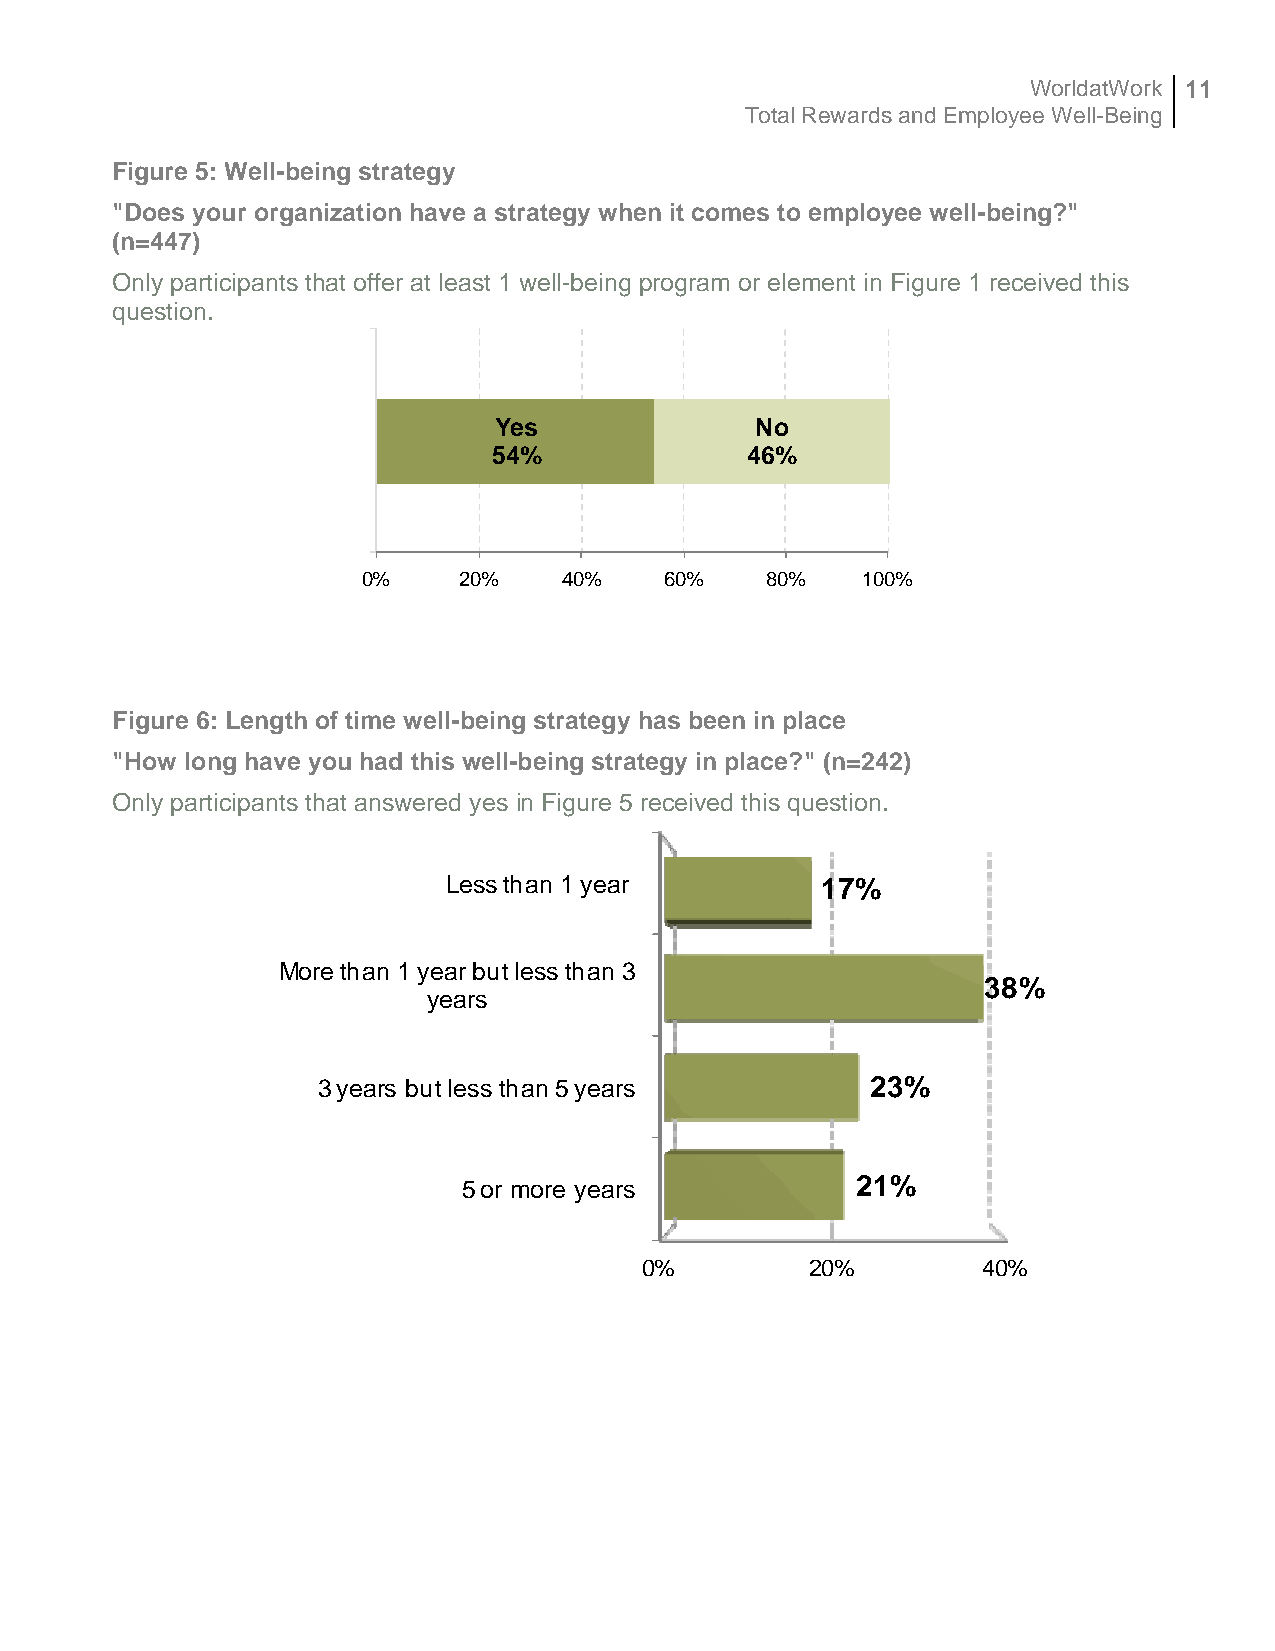
WorldatWork 11
 Total Rewards and Employee Well-Being
 Figure 5: Well-being strategy
 "Does your organization have a strategy when it comes to employee well-being?"
 (n=447)
 Only participants that offer at least 1 well-being program or element in Figure 1 received this
 question.
 Yes              No
 54%             46%
 0%    20%    40%    60%    80%   100%
 Figure 6: Length of time well-being strategy has been in place
 "How long have you had this well-being strategy in place?" (n=242)
 Only participants that answered yes in Figure 5 received this question.
 Less than 1 year        17%
 More than 1 year but less than 3
 38%
 years
 3 years but less than 5 years        23%
 5 or more years           21%
 0%         20%        40%